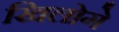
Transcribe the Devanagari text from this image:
खिलोगे